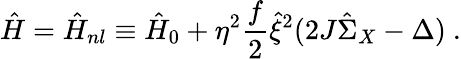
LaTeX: \hat{H}=\hat{H}_{nl}\equiv\hat{H}_{0}+\eta^{2}\frac{f}{2}\hat{\xi}^{2}(2J\hat{\Sigma}_{X}-\Delta)\ .